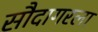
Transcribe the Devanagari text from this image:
सौदागरला